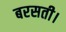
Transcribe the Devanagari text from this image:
बरसती।